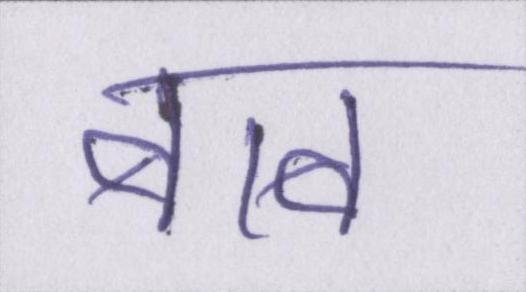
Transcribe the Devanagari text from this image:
बाब